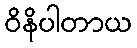
ဝိနိပါတာယ